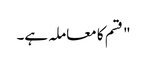
" قسم کا معاملہ ہے۔